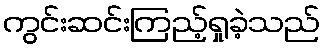
ကွင်းဆင်းကြည့်ရှုခဲ့သည်